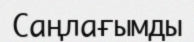
Саңлағымды